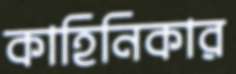
কাহিনিকার